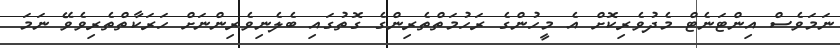
ނަމަވެސް އިންޓަނެޓް މެދުވެރިކޮށް އެ މީހުންގެ ރަހުމަތްތެރިންގެ ގޮތުގައި ބެލެނިވެރިންނަށް ހަރަކާތްތެރިވެވޭ ނަމަ